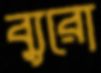
ব্যুরো